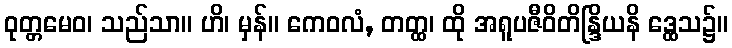
ဝုတ္တမေဝ၊ သည်သာ။ ဟိ၊ မှန်။ ကေဝလံ, တတ္ထ၊ ထို အရူပဇီဝိတိန္ဒြိယနိ ဒ္ထေသ၌။